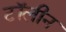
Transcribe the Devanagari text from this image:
टॉलीन